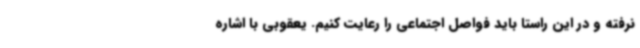
نرفته و در این راستا باید فواصل اجتماعی را رعایت کنیم. یعقوبی با اشاره